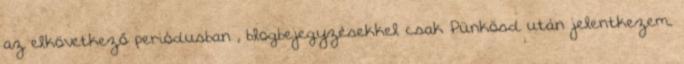
az elkövetkező periódusban , blogbejegyzésekkel csak Pünkösd után jelentkezem.